Senior Leaving Certificate Examination (including Day School Certificate (Higher) General paper), 1946
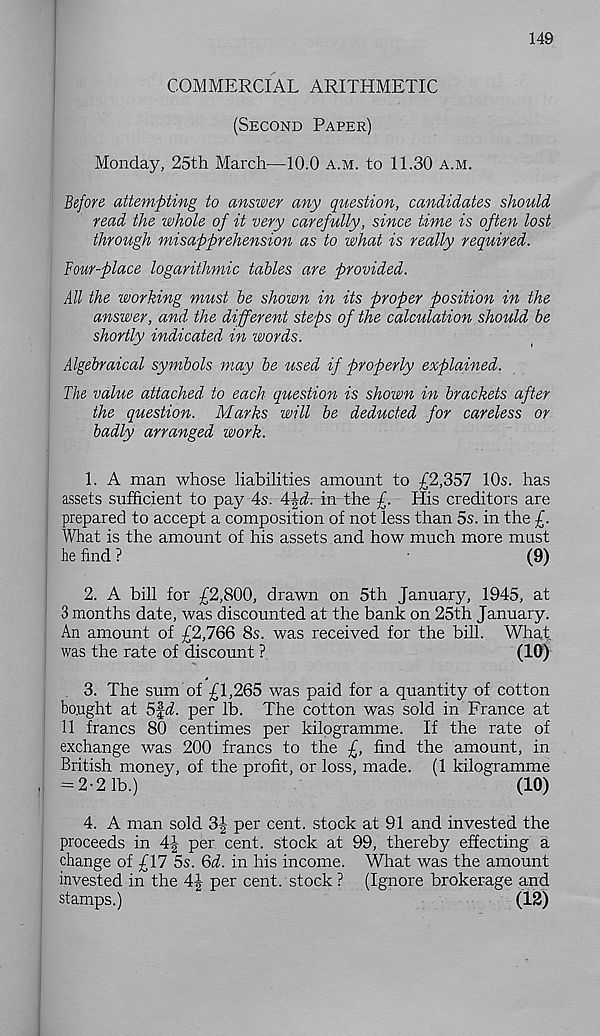
149
COMMERCIAL ARITHMETIC
(Second Paper)
Monday, 25th March—10.0 a.m. to 11.30 a.m.
Before attempting to answer any question, candidates should
read the whole of it very carefully, since time is often lost
through misapprehension as to what is really required.
hour-place logarithmic tables are provided.
All the working must be shown in its proper position in the
answer, and the different steps of the calculation should be
shortly indicated in words.
Algebraical symbols may be used if properly explained.
The value attached to each question is shown in brackets after
the question. Marks will be deducted for careless or
badly arranged work.
1. A man whose liabilities amount to £2,357 10s. has
assets sufficient to pay 4s. Aid. in the £. His creditors are
prepared to accept a composition of not less than 5s. in the £.
What is the amount of his assets and how much more must
he find ?
(9)
2. A bill for £2,800, drawn on 5th January, 1945, at
3 months date, was discounted at the bank on 25th January.
An amount of £2,766 8s. was received for the bill. What,
was the rate of discount ?
(10)
3. The sum of £1,265 was paid for a quantity of cotton
bought at 5|A. per lb. The cotton was sold in France at
11 francs 80 centimes per kilogramme. If the rate of
exchange was 200 francs to the £, find the amount, in
British money, of the profit, or loss, made. (1 kilogramme
= 2-2 lb.)
(10)
4. A man sold 3| per cent, stock at 91 and invested the
proceeds in 4| per cent, stock at 99, thereby effecting a
change of £17 5s. Qd. in his income. What was the amount
invested in the 44 per cent, stock ? (Ignore brokerage and
stamps.)
(12)